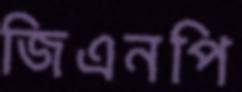
জিএনপি